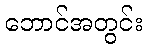
ဘောင်အတွင်း